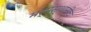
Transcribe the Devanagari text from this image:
मर्मस्थानीच